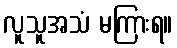
လူသူအသံ မကြားရ။